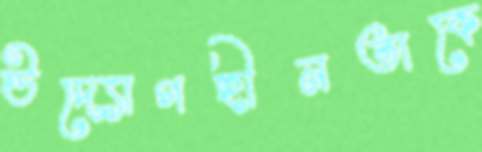
উদ্যোগহীনতাকে